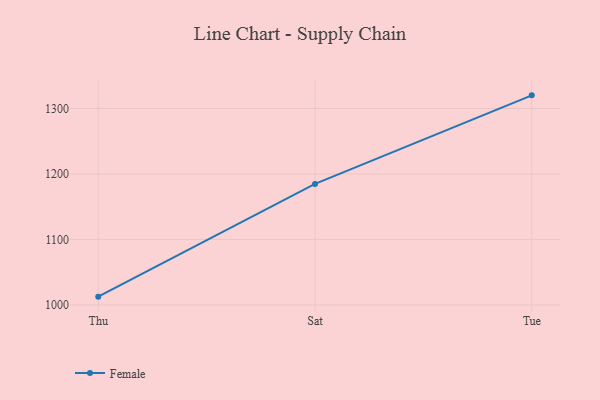
{"axis": {"x": "Day", "y": "Shipments"}, "legend": ["Female"], "data": [{"x": "Thu", "y": 1012.6, "type": "Female"}, {"x": "Sat", "y": 1184.8, "type": "Female"}, {"x": "Tue", "y": 1320.1, "type": "Female"}]}